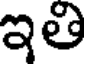
ఇతి